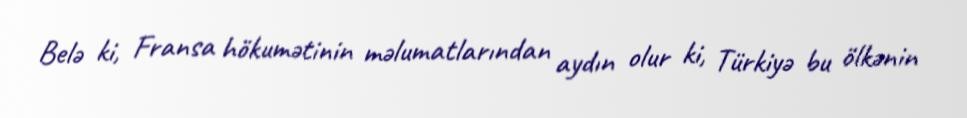
Belə ki, Fransa hökumətinin məlumatlarından aydın olur ki, Türkiyə bu ölkənin